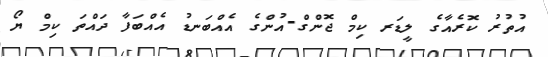
އުތުރު ކޮރެއާގެ ލީޑަރ ކިމް ޖޮންގް-އުންގެ އެއްބަނޑު އެއްބަފާ ދައްތަ ކިމް ޔޯ